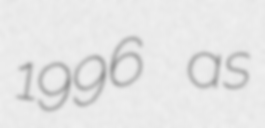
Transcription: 1996 as